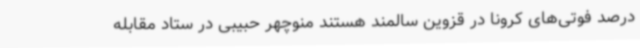
درصد فوتی‌های کرونا در قزوین سالمند هستند منوچهر حبیبی در ستاد مقابله